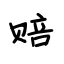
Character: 赔